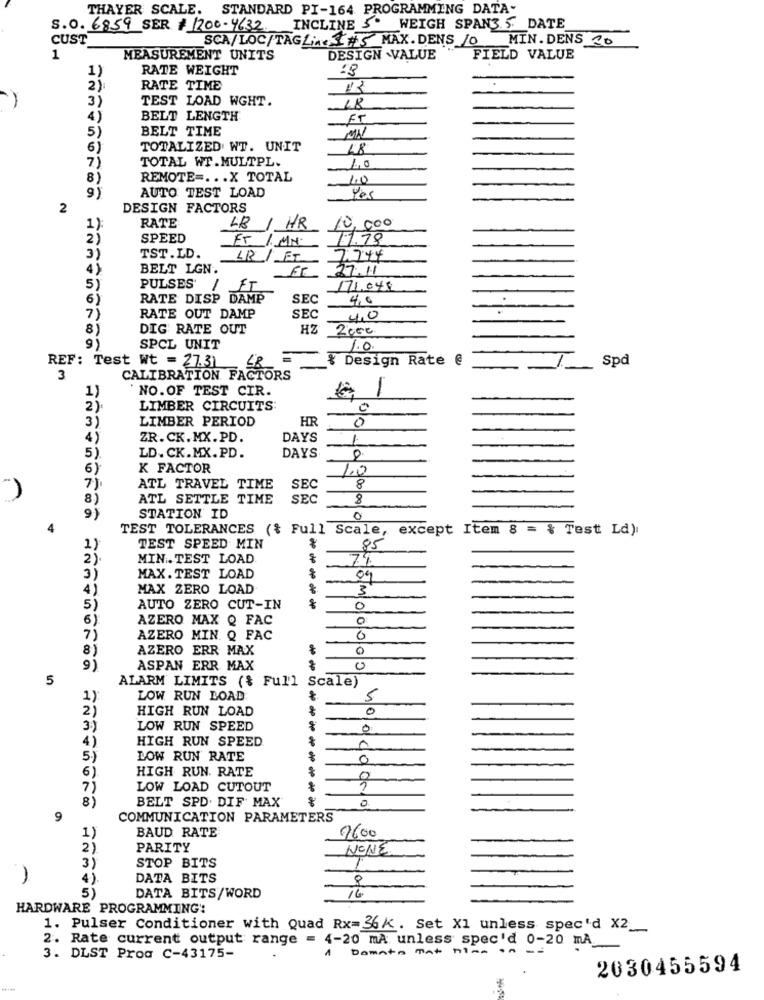
THAYER SCALE.
STANDARD PI-164 PROGRAMMING DATA-
S.O. 6859 SER # 1200-4632
INCLINE 5º
WEIGH SPAN3.5. DATE
CUST
SCA/LOC/TAGLIA & #5 MAX.DENS /O MIN. DENS 10
1
MEASUREMENT UNITS
DESIGN .VALUE
FIELD VALUE
RATE WEIGHT
1)
2)
RATE TIME
3)
TEST LOAD WGHT.
18
4)
BELT LENGTH
FT
5)
BELT TIME
6)
TOTALIZED WT. UNIT
48
7)
TOTAL WT.MULTPL.
8)
REMOTE =... X TOTAL
1.0
AUTO TEST LOAD
9
2
DESIGN FACTORS
RATE
/ HR
10,000
1)
2)
SPEED
ET / MN.
17.78
3)
TST.LD.
LR
/ET
7.744
BELT LGN.
Fr
27.11
5
PULSES'
FT
171.049
6)
RATE DISP DAMP
SEC
4,0
RATE OUT DAMP
7)
SEC
4,0
8)
DIG RATE OUT
HZ
2000
SPCL UNIT
1.0.
REF: Test Wt = 27.31
& Design Rate @
Spd
CALIBRATION. FACTORS
3
NO. OF TEST CIR.
-
2)
LIMBER CIRCUITS:
0
LIMBER PERIOD
HR
0
3)
4)
ZR.CK.MX.PD.
DAYS
1-
5)
LD. CK.MX. PD.
DAYS
0
6)
K FACTOR
1.0
-
7)
ATL TRAVEL TIME
SEC
8
8)
ATL SETTLE TIME
SEC
8
9)
STATION ID
0
4
TEST TOLERANCES ({ Full Scale, except Item 8 = & Test Ld).
1)
TEST SPEED MIN
85
2 )
MIN .TEST LOAD
74
3)
MAX. TEST LOAD
09
4)
MAX ZERO LOAD
3
5)
AUTO ZERO CUT-IN
0
6)
AZERO MAX Q FAC
0
7)
AZERO MIN Q FAC
8)
AZERO ERR MAX
9)
ASPAN ERR MAX
5
ALARM LIMITS (% Full Scale)
1)
LOW RUN BOAD
5
2)
HIGH RUN LOAD
0
3)
LOW RUN SPEED
0
4)
HIGH RUN SPEED
5)
LOW RUN RATE
0
6)
HIGH RUN. RATE
7)
LOW LOAD CUTOUT
8)
BELT SPD. DIF MAX
0
9
COMMUNICATION PARAMETERS
BAUD RATE
1)
9600
2)
PARITY
NONE
3)
STOP BITS
4)
DATA BITS
5)
DATA BITS/WORD
16
HARDWARE PROGRAMMING'
1. Pulser Conditioner with Quad Rx=36K. Set X1 unless specid X2_
2. Rate current output range = 4-20 mA unless spec'd 0-20 mA
Domato Mat Mine on
3. DLST Prog C-43175-
2030455594
-